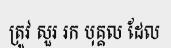
ត្រូវ សួរ រក បុគ្គល ដែល